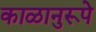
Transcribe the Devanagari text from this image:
काळानुरूपे